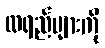
လရည်များကို